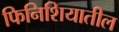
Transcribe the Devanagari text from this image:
फिनिशियातील